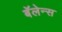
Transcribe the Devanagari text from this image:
बॅलेन्स